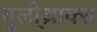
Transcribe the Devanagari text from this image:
युलो्थ्राक्स